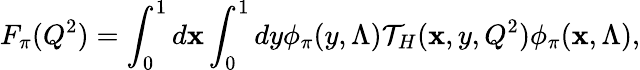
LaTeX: F_{\pi}(Q^{2})=\int_{0}^{1}d\mathbf{x}\int_{0}^{1}dy\phi_{\pi}(y,\Lambda)\mathcal{T}_{H}(\mathbf{x},y,Q^{2})\phi_{\pi}(\mathbf{x},\Lambda),